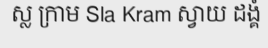
ស្ល ក្រាម Sla Kram ស្វាយ ដង្គំ